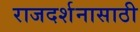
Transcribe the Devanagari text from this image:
राजदर्शनासाठी